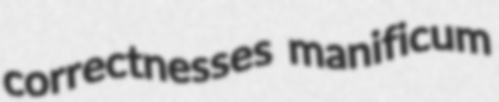
correctnesses manificum